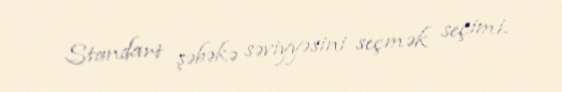
Standart şəbəkə səviyyəsini seçmək seçimi.